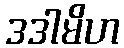
ဒဒါမိဟ